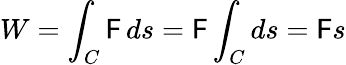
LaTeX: W=\int_{C}\mathsf{F}\, ds=\mathsf{F}\int_{C}ds=\mathsf{F}s